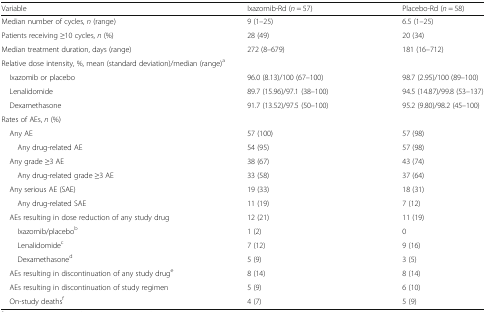
| Variable | Ixazomib-Rd (n = 57) | Placebo-Rd (n = 58) |
 | --- | --- | --- |
 | Median number of cycles, n (range) | 9 (1–25) | 6.5 (1–25) |
 | Patients receiving ≥10 cycles, n (%) | 28 (49) | 20 (34) |
 | Median treatment duration, days (range) | 272 (8–679) | 181 (16–712) |
 | <COLSPAN=3> Relative dose intensity, %, mean (standard deviation)/median (range)a |
 | Ixazomib or placebo | 96.0 (8.13)/100 (67–100) | 98.7 (2.95)/100 (89–100) |
 | Lenalidomide | 89.7 (15.96)/97.1 (38–100) | 94.5 (14.87)/99.8 (53–137) |
 | Dexamethasone | 91.7 (13.52)/97.5 (50–100) | 95.2 (9.80)/98.2 (45–100) |
 | <COLSPAN=3> Rates of AEs, n (%) |
 | Any AE | 57 (100) | 57 (98) |
 | Any drug-related AE | 54 (95) | 57 (98) |
 | Any grade ≥3 AE | 38 (67) | 43 (74) |
 | Any drug-related grade ≥3 AE | 33 (58) | 37 (64) |
 | Any serious AE (SAE) | 19 (33) | 18 (31) |
 | Any drug-related SAE | 11 (19) | 7 (12) |
 | AEs resulting in dose reduction of any study drug | 12 (21) | 11 (19) |
 | Ixazomib/placebob | 1 (2) | 0 |
 | Lenalidomidec | 7 (12) | 9 (16) |
 | Dexamethasoned | 5 (9) | 3 (5) |
 | AEs resulting in discontinuation of any study druge | 8 (14) | 8 (14) |
 | AEs resulting in discontinuation of study regimen | 5 (9) | 6 (10) |
 | On-study deathsf | 4 (7) | 5 (9) |